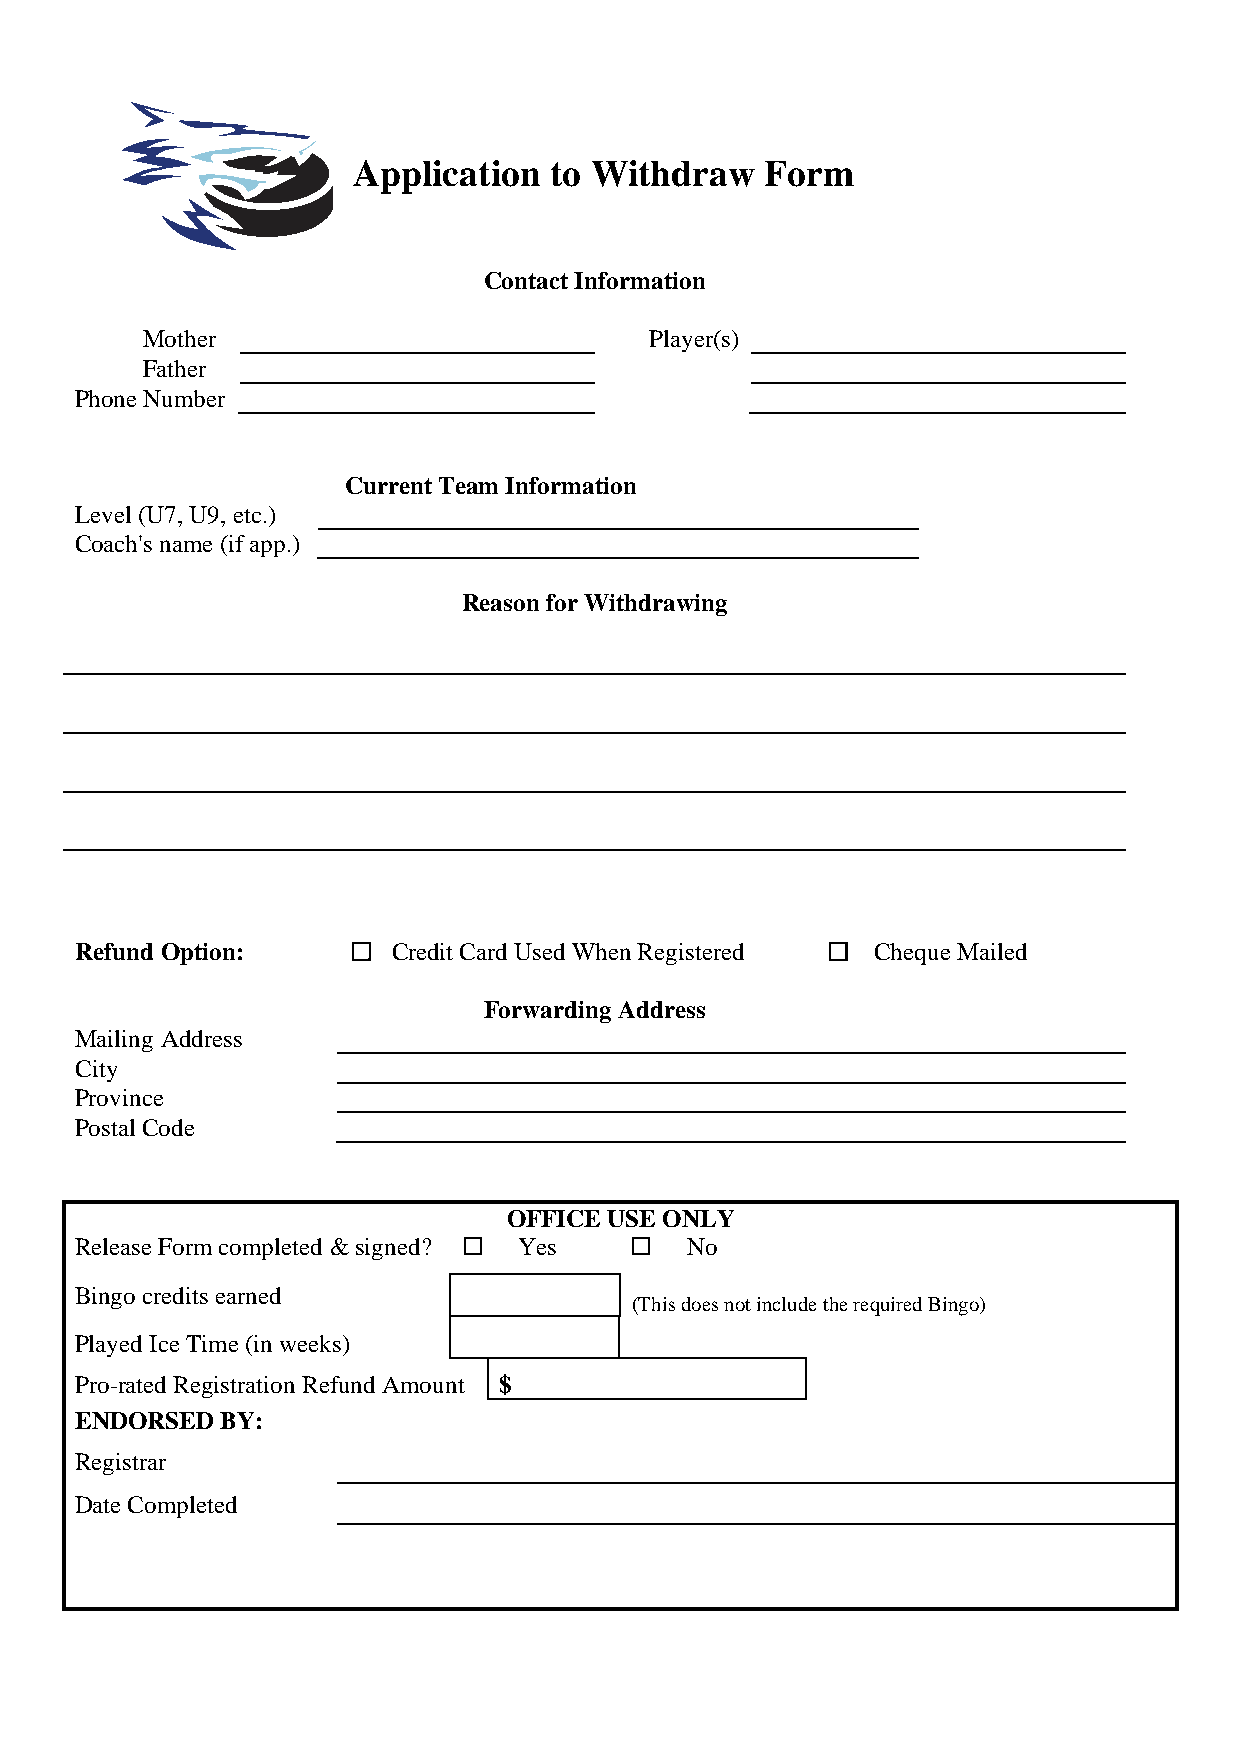
Application  to Withdraw    Form
 Contact Information
 Mother                            Player(s)
 Father
 Phone Number
 Current Team Information
 Level (U7, U9, etc.)
 Coach's name (if app.)
 Reason for Withdrawing
 Refund Option:      Credit Card Used When Registered  Cheque Mailed
 Forwarding Address
 Mailing Address
 City
 Province
 Postal Code
 OFFICE USE ONLY
 Release Form completed & signed?  Yes  No
 Bingo credits earned
 (This does not include the required Bingo)
 Played Ice Time (in weeks)
 Pro-rated Registration Refund Amount $
 ENDORSED  BY:
 Registrar
 Date Completed